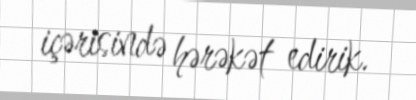
içərisində hərəkət edirik.